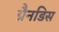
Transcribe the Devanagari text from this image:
ग्रैनडिस